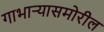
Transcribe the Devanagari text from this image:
गाभाऱ्यासमोरील